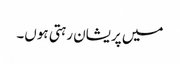
میں پریشان رہتی ہوں۔